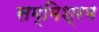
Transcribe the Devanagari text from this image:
सम्मिश्रम